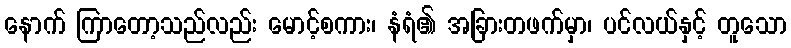
နောက် ကြာတော့သည်လည်း မောင့်စကား၊ နံရံ၏ အခြားတဖက်မှာ၊ ပင်လယ်နှင့် တူသော